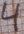
Text: 4